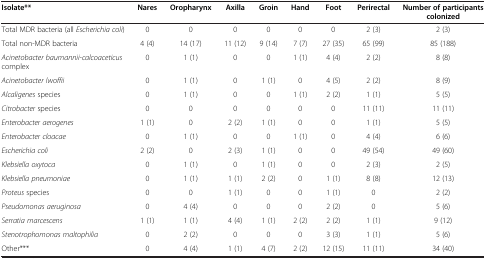
<table><thead><tr><td><b>Isolate**</b></td><td><b>Nares</b></td><td><b>Oropharynx</b></td><td><b>Axilla</b></td><td><b>Groin</b></td><td><b>Hand</b></td><td><b>Foot</b></td><td><b>Perirectal</b></td><td><b>Number of participants colonized</b></td></tr></thead><tbody><tr><td>Total MDR bacteria (all <i>Escherichia coli</i>)</td><td>0</td><td>0</td><td>0</td><td>0</td><td>0</td><td>0</td><td>2 (3)</td><td>2 (3)</td></tr><tr><td>Total non-MDR bacteria</td><td>4 (4)</td><td>14 (17)</td><td>11 (12)</td><td>9 (14)</td><td>7 (7)</td><td>27 (35)</td><td>65 (99)</td><td>85 (188)</td></tr><tr><td><i>Acinetobacter baumannii-calcoaceticus </i>complex</td><td>0</td><td>1 (1)</td><td>0</td><td>0</td><td>1 (1)</td><td>4 (4)</td><td>2 (2)</td><td>8 (8)</td></tr><tr><td><i>Acinetobacter lwoffii</i></td><td>0</td><td>1 (1)</td><td>0</td><td>1 (1)</td><td>0</td><td>4 (5)</td><td>2 (2)</td><td>8 (9)</td></tr><tr><td><i>Alcaligenes </i>species</td><td>0</td><td>1 (1)</td><td>0</td><td>0</td><td>1 (1)</td><td>2 (2)</td><td>1 (1)</td><td>5 (5)</td></tr><tr><td><i>Citrobacter </i>species</td><td>0</td><td>0</td><td>0</td><td>0</td><td>0</td><td>0</td><td>11 (11)</td><td>11 (11)</td></tr><tr><td><i>Enterobacter aerogenes</i></td><td>1 (1)</td><td>0</td><td>2 (2)</td><td>1 (1)</td><td>0</td><td>0</td><td>1 (1)</td><td>5 (5)</td></tr><tr><td><i>Enterobacter cloacae</i></td><td>0</td><td>1 (1)</td><td>0</td><td>0</td><td>1 (1)</td><td>0</td><td>4 (4)</td><td>6 (6)</td></tr><tr><td><i>Escherichia coli</i></td><td>2 (2)</td><td>0</td><td>2 (3)</td><td>1 (1)</td><td>0</td><td>0</td><td>49 (54)</td><td>49 (60)</td></tr><tr><td><i>Klebsiella oxytoca</i></td><td>0</td><td>1 (1)</td><td>0</td><td>1 (1)</td><td>0</td><td>0</td><td>2 (3)</td><td>2 (5)</td></tr><tr><td><i>Klebsiella pneumoniae</i></td><td>0</td><td>1 (1)</td><td>1 (1)</td><td>2 (2)</td><td>0</td><td>1 (1)</td><td>8 (8)</td><td>12 (13)</td></tr><tr><td><i>Proteus</i> species</td><td>0</td><td>0</td><td>1 (1)</td><td>0</td><td>0</td><td>1 (1)</td><td>0</td><td>2 (2)</td></tr><tr><td><i>Pseudomonas aeruginosa</i></td><td>0</td><td>4 (4)</td><td>0</td><td>0</td><td>0</td><td>2 (2)</td><td>0</td><td>5 (6)</td></tr><tr><td><i>Serratia marcescens</i></td><td>1 (1)</td><td>1 (1)</td><td>4 (4)</td><td>1 (1)</td><td>2 (2)</td><td>2 (2)</td><td>1 (1)</td><td>9 (12)</td></tr><tr><td><i>Stenotrophomonas maltophilia</i></td><td>0</td><td>2 (2)</td><td>0</td><td>0</td><td>0</td><td>3 (3)</td><td>1 (1)</td><td>5 (6)</td></tr><tr><td>Other***</td><td>0</td><td>4 (4)</td><td>1 (1)</td><td>4 (7)</td><td>2 (2)</td><td>12 (15)</td><td>11 (11)</td><td>34 (40)</td></tr></tbody></table>